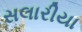
સલારીયા